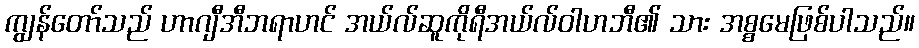
ကျွန်တော်သည် ဟာဂျီအီဘရာဟင် အယ်လ်ဆူကိုရီအယ်လ်ဝါဟဘီ၏ သား အစ္စမေဖြစ်ပါသည်။